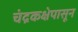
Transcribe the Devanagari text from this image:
चंद्रकक्षेपासून